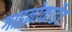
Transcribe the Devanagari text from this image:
गाइनोकार्डेट